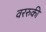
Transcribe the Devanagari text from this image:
वररुकी